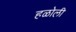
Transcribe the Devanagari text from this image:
हळोली